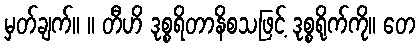
မှတ်ချက်။ ။ တီဟိ ဒုစ္စရိတာနိစသဖြင့် ဒုစ္စရိုက်ကို။ တေ